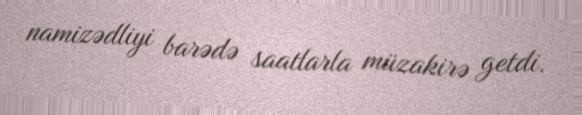
namizədliyi barədə saatlarla müzakirə getdi.